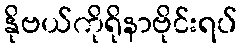
နိုဗယ်ကိုရိုနာဗိုင်းရပ်